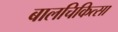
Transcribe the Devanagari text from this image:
बालचिकित्सा